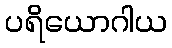
ပရိယောဂါယ